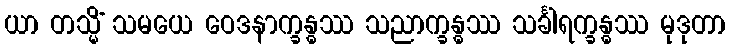
ယာ တသ္မိံ သမယေ ဝေဒနာက္ခန္ဓဿ သညာက္ခန္ဓဿ သင်္ခါရက္ခန္ဓဿ မုဒုတာ